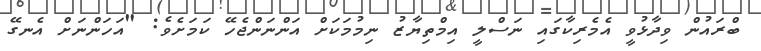
ބްރައުން ވިދާޅުވީ އެމެރިކާގައި ނަސްލީ އިމްތިޔާޒު ނިމުމަކަށް އަންނަންޖެހޭ ކަމަށެވެ: "އަހަންނަށް އެނގޭ